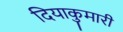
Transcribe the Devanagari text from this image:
दियाकुमारी